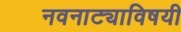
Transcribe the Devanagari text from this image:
नवनाट्याविषयी